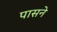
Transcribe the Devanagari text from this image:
पासने